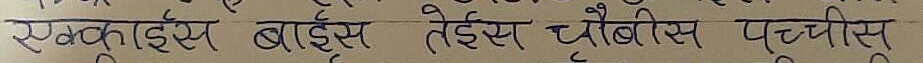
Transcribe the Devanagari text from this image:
एक्काइस बाइस तेइस चौबीस पच्चीसु